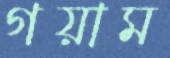
গয়াম